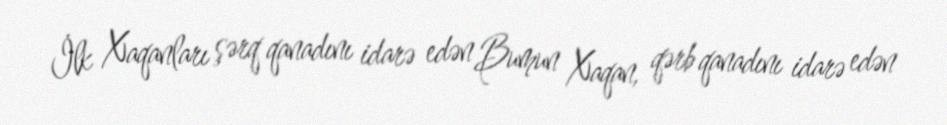
İlk Xaqanları şərq qanadını idarə edən Bumun Xaqan, qərb qanadını idarə edən